Leaving Certificate Examination, 1918
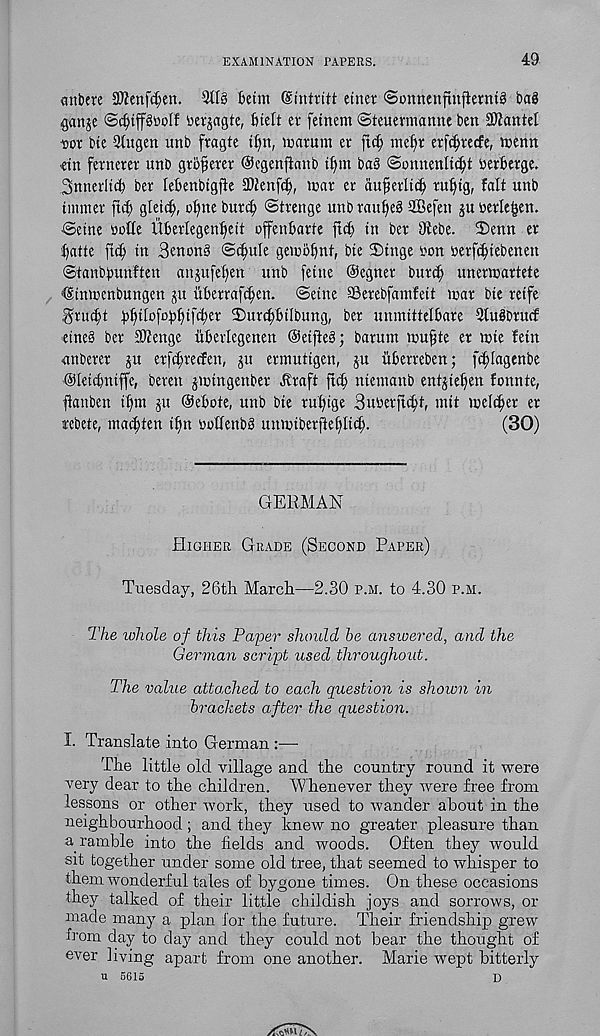
EXAMINATION PAPERS.
49
mtbete 2}?enfcf;en. 2118 betm (Sintritt etner ©onnenfinfierntS bag
§anje ©c^tpttolf toerjagte, Btelt ev fetnem (Steuermannc ben Mantel
dot bte 2lugen unb fragte tfjn, maTum ct
mep etptecfe, njenn
etn fernerer unb gToprer Oegenfianb t§tn ba8 ©onnentic^t beTberge.
Sttnerltt^ bet leBenbtgfie 2}JenP, mar er auprltc^ rptg, fait unb
tinnier ft cl) gteic^, o§ne burt^ ©trenge unbraul)e8 SBefen juoerle^en.
■ ©erne nolle Uberlegenltett ofenbarte ftc^ in ber Otebe. 35enn er
ilfatte ftc^ in 3enon8 ©c^ule gemofmt, bte 2)tnge non nerfc^tebenen
©tanbpunften anjufe^en unb fetne ©egner burd; unermartete
'Stnmenbungen jtt uPerraPen. (Seine aSerebfamfett mar bte retfe
,0;ruc§t pfftlofopfitper 2)ur^)BtIbung, ber unmittel&are 2tugbrucf
etne8 ber SWenge Wetiegenen Oetfieg; barunt mufte er mte fetn
anberer ju erprecfen, ju ermuttgen, ju tiberreben; plagenbe
Oletcbntffe, berett jmtngenber ^raft ftd) ntentanb entjieljen fonnte,
ftanben t^m ju ©eliote, unb bte rul>tge Bunerftc^t, mit melt^er er
rebete, marten t^n noffeitbS unmtberfte^Iid;.
(30)
GERMAN
Higher Grade (Second Paper)
Tuesday, 26th March—2.30 p.m. to 4.30 p.m.
The whole of this Paper should he answered, and the
German script used throughout.
The value attached to each question is shown in
brackets after the question.
I. Translate into German :—
The little old village and the country round it were
very dear to the children. Whenever they were free from
lessons or other work, they used to wander about in the
neighbourhood ; and they knew no greater pleasure than
a ramble into the fields and woods. Often they would
sit together under some old tree, that seemed to whisper to
them wonderful tales of bygone times. On these occasions
they talked of their little childish joys and sorrows, or
made many a plan for the future. Their friendship grew
from day to day and they could not bear the thought of
ever living apart from one another. Marie wept bitterly
u 5615
D